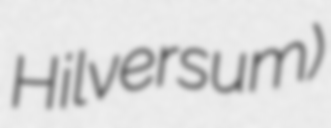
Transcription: Hilversum)